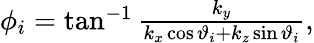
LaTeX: \begin{array}{r}{\phi_{i}=\tan^{-1}\frac{k_{y}}{k_{x}\cos\vartheta_{i}+k_{z}\sin\vartheta_{i}},}\end{array}